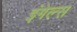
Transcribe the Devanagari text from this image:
इंगेल्स